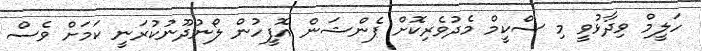
ހަލީމް ވިދާޅުވީ މި ސްކީމް މެދުވެރިކޮށް ޕެންޝަން އޮފީހުން ލޯނުދޫނުކުރަނީ ކަމަށް ވެސް